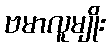
ဗမာလူမျိုး